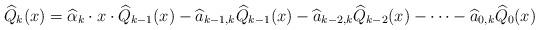
LaTeX: \begin{align*}\widehat Q_k(x) = \widehat\alpha_k \cdot x \cdot \widehat Q_{k-1}(x) - \widehat a_{k-1,k}\widehat Q_{k-1}(x)- \widehat a_{k-2,k}\widehat Q_{k-2}(x)-\cdots-\widehat a_{0,k}\widehat Q_{0}(x)\end{align*}